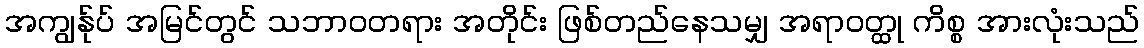
အကျွန်ုပ် အမြင်တွင် သဘာဝတရား အတိုင်း ဖြစ်တည်နေသမျှ အရာဝတ္ထု ကိစ္စ အားလုံးသည်